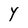
Character: Y